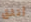
أتثق